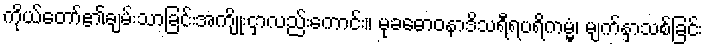
ကိုယ်တော်၏ချမ်းသာခြင်းအကျိုးငှာလည်းကောင်း။ မုခဓောဝနာဒိသရီရပရိကမ္မံ၊ မျက်နှာသစ်ခြင်း